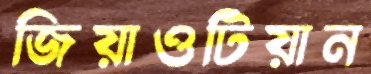
জিয়াওটিয়ান